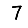
Digit: 7